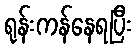
ရုန်းကန်နေရပြီး